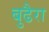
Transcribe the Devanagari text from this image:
बुढैरा